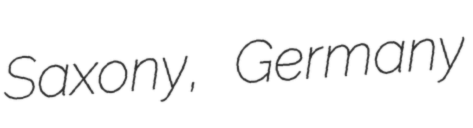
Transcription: Saxony, Germany